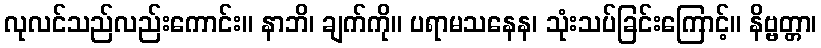
လုလင်သည်လည်းကောင်း။ နာဘိ၊ ချက်ကို။ ပရာမသနေန၊ သုံးသပ်ခြင်းကြောင့်။ နိဗ္ဗတ္တာ၊